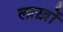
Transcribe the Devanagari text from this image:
लाख़ों